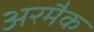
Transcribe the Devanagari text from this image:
अरमैक